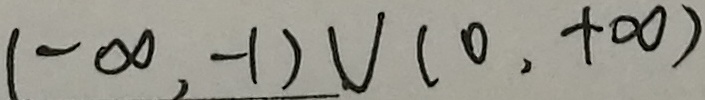
( - \infty , - 1 ) \cup ( 0 , + \infty )